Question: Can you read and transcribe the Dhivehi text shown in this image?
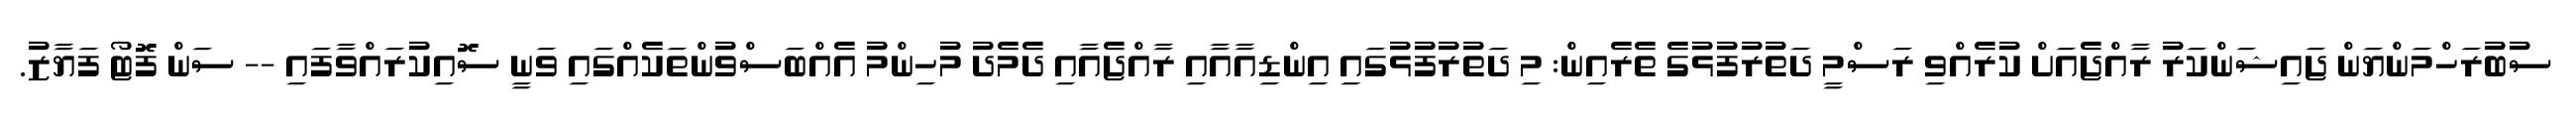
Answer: ސުބުރަހްމަންޔަން ޖައިޝަންކަރު ރާއްޖެއަށް ކުރެއްވި ރަސްމީ ދަތުރުފުޅުގެ ތެރެއިން: މި ދަތުރުފުޅުގައި އިންޑިއާއާއި ރާއްޖެއާއި ދެމެދު މުހިންމު އެއްބަސްވުންތަކެއްގައި ވަނީ ސޮއިކުރައްވާފައި -- ސަން ފޮޓޯ ފަޔާޒު.